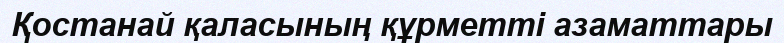
Қостанай қаласының құрметті азаматтары